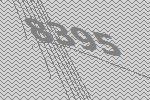
8395